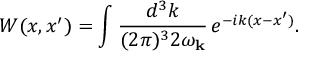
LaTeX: W ( x , x ^ { \prime } ) = \int \frac { d ^ { 3 } k } { ( 2 \pi ) ^ { 3 } 2 \omega _ { { \bf k } } } \, e ^ { - i k ( x - x ^ { \prime } ) } .